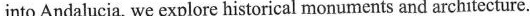
into Andalucia, we explore historical monuments and architecture.